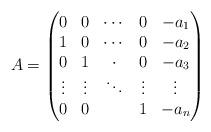
LaTeX: \begin{align*}A=\begin{pmatrix} 0 & 0& \cdots &0 & -a_1\\ 1 & 0 & \cdots & 0&-a_2\\ 0 & 1 & \cdot & 0&-a_3\\ \vdots & \vdots & \ddots &\vdots & \vdots \\0 &0 & & 1 & - a_n \end{pmatrix} \end{align*}